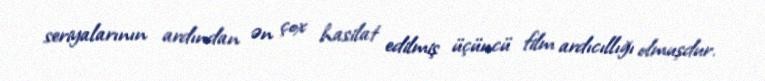
seriyalarının ardından ən çox hasilat edilmiş üçüncü film ardıcıllığı olmuşdur.